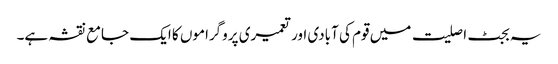
یہ بجٹ اصلیت میں قوم کی آبادی اور تعمیری پروگراموں کا ایک جامع نقشہ ہے۔